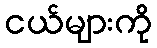
ငယ်များကို